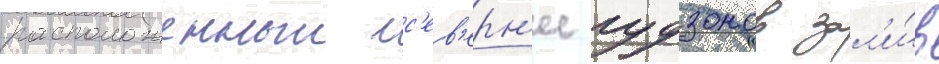
расположенныи с'ев'ерн'ее гудзонов зал'и́в